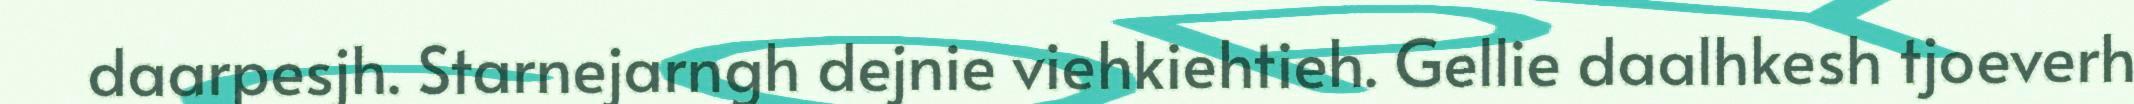
daarpesjh. Starnejarngh dejnie viehkiehtieh. Gellie daalhkesh tjoeverh